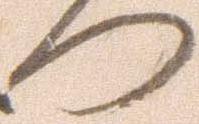
つ